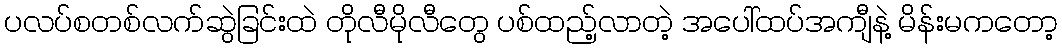
ပလပ်စတစ်လက်ဆွဲခြင်းထဲ တိုလီမိုလီတွေ ပစ်ထည့်လာတဲ့ အပေါ်ထပ်အကျီနဲ့ မိန်းမကတော့